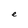
Character: e